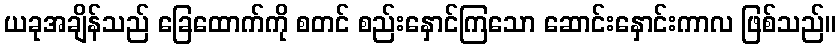
ယခုအချိန်သည် ခြေထောက်ကို စတင် စည်းနှောင်ကြသော ဆောင်းနှောင်းကာလ ဖြစ်သည်။